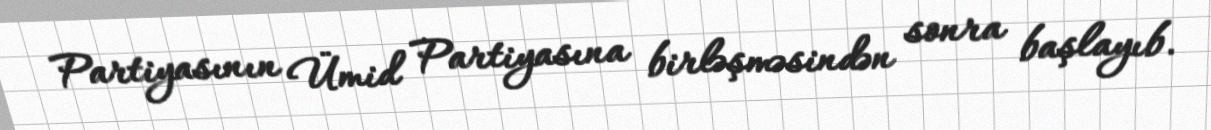
Partiyasının Ümid Partiyasına birləşməsindən sonra başlayıb.